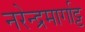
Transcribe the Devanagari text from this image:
नरेन्द्रमार्गाट्ट